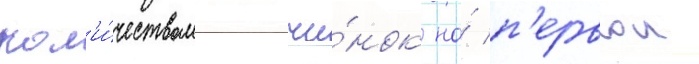
кол'и́чеством тычи́нок на́ п'ервои